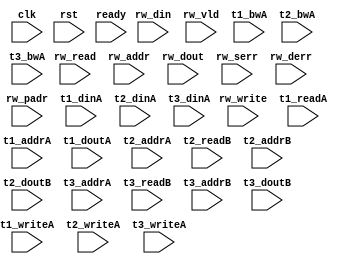
/*
 * Copyright (C) 2011 Memoir Systems Inc. These coded instructions, statements, and computer programs are
 * Confidential Proprietary Information of Memoir Systems Inc. and may not be disclosed to third parties
 * or copied in any form, in whole or in part, without the prior written consent of Memoir Systems Inc.
 * 
 * */

module algo_2rw_a56_sva_wrap
#(parameter IP_WIDTH = 32, parameter IP_BITWIDTH = 5, parameter IP_DECCBITS = 7, parameter IP_NUMADDR = 8192, parameter IP_BITADDR = 13,
parameter IP_NUMVBNK = 4,       parameter IP_BITVBNK = 2, parameter IP_BITPBNK = 3,
parameter IP_ENAECC = 0, parameter IP_ENAPAR = 0, parameter IP_SECCBITS = 4, parameter IP_SECCDWIDTH = 3,
parameter FLOPECC = 0, parameter FLOPIN = 0, parameter FLOPOUT = 0, parameter FLOPCMD = 0, parameter FLOPMEM = 0,

parameter T1_WIDTH = 32, parameter T1_NUMVBNK = 8, parameter T1_BITVBNK = 3, parameter T1_DELAY = 2, parameter T1_NUMVROW = 2048, parameter T1_BITVROW = 11,
parameter T1_BITWSPF = 0, parameter T1_NUMWRDS = 2, parameter T1_BITWRDS = 1, parameter T1_NUMSROW = 1024, parameter T1_BITSROW = 10, parameter T1_PHYWDTH = 64,
parameter T2_WIDTH = 10, parameter T2_NUMVBNK = 2, parameter T2_BITVBNK = 1, parameter T2_DELAY = 2, parameter T2_NUMVROW = 2048, parameter T2_BITVROW = 11, 
parameter T2_BITWSPF = 0, parameter T2_NUMWRDS = 1, parameter T2_BITWRDS = 0, parameter T2_NUMSROW = 4096, parameter T2_BITSROW = 12, parameter T2_PHYWDTH = 10,
parameter T3_WIDTH = 71, parameter T3_NUMVBNK = 2, parameter T3_BITVBNK = 1, parameter T3_DELAY = 2, parameter T3_NUMVROW = 2048, parameter T3_BITVROW = 11, 
parameter T3_BITWSPF = 0, parameter T3_NUMWRDS = 1, parameter T3_BITWRDS = 0, parameter T3_NUMSROW = 4096, parameter T3_BITSROW = 12, parameter T3_PHYWDTH = 71
)
( clk,  rst,  ready,
  rw_read,   rw_write,   rw_addr,   rw_din,   rw_dout,   rw_vld,   rw_serr,   rw_derr,   rw_padr,
  t1_readA,   t1_writeA,   t1_addrA,   t1_dinA,   t1_bwA,   t1_doutA,
  t2_writeA,   t2_addrA,   t2_dinA,   t2_bwA,   t2_readB,   t2_addrB,   t2_doutB,
  t3_writeA,   t3_addrA,   t3_dinA,   t3_bwA,   t3_readB,   t3_addrB,   t3_doutB);
  
  
  parameter WIDTH = IP_WIDTH;
  parameter BITWDTH = IP_BITWIDTH;
  parameter ENAPAR = IP_ENAPAR;
  parameter ENAECC = IP_ENAECC;
  parameter ECCWDTH = IP_DECCBITS;
  parameter MEMWDTH = ENAPAR ? WIDTH+1 : ENAECC ? WIDTH+ECCWDTH : WIDTH;
  parameter NUMADDR = IP_NUMADDR;
  parameter BITADDR = IP_BITADDR;
  parameter NUMVROW = T1_NUMVROW;
  parameter BITVROW = T1_BITVROW;
  parameter NUMVBNK = IP_NUMVBNK;
  parameter BITVBNK = IP_BITVBNK;
  parameter BITPBNK = IP_BITPBNK;
  parameter NUMWRDS = T1_NUMWRDS;      // ALIGN Parameters
  parameter BITWRDS = T1_BITWRDS;
  parameter NUMSROW = T1_NUMSROW;
  parameter BITSROW = T1_BITSROW;
  parameter PHYWDTH = T1_PHYWDTH;
  parameter SRAM_DELAY = T2_DELAY;
  parameter DRAM_DELAY = T1_DELAY;
  parameter ECCBITS = IP_SECCBITS;
  
  parameter BITPADR = BITPBNK+BITSROW+BITWRDS+1;

  parameter SDOUT_WIDTH = 2*(BITVBNK+1)+ECCBITS;
  parameter CDOUT_WIDTH = 2*WIDTH+ECCWDTH;

  input [2-1:0]                  rw_read;
  input [2-1:0]                  rw_write;
  input [2*BITADDR-1:0]          rw_addr;
  input [2*WIDTH-1:0]            rw_din;
  input [2-1:0]                 rw_vld;
  input [2*WIDTH-1:0]           rw_dout;
  input [2-1:0]                 rw_serr;
  input [2-1:0]                 rw_derr;
  input [2*BITPADR-1:0]         rw_padr;

  input                         ready;
  input                          clk, rst;

  input [2*NUMVBNK-1:0] t1_readA;
  input [2*NUMVBNK-1:0] t1_writeA;
  input [2*NUMVBNK*BITSROW-1:0] t1_addrA;
  input [2*NUMVBNK*PHYWDTH-1:0] t1_bwA;
  input [2*NUMVBNK*PHYWDTH-1:0] t1_dinA;
  input [2*NUMVBNK*PHYWDTH-1:0] t1_doutA;

  input [2-1:0] t2_writeA;
  input [2*BITVROW-1:0] t2_addrA;
  input [2*SDOUT_WIDTH-1:0] t2_dinA;
  input [2*SDOUT_WIDTH-1:0] t2_bwA;
  input [2-1:0] t2_readB;
  input [2*BITVROW-1:0] t2_addrB;
  input [2*SDOUT_WIDTH-1:0] t2_doutB;

  input [2-1:0] t3_writeA;
  input [2*BITVROW-1:0] t3_addrA;
  input [2*CDOUT_WIDTH-1:0] t3_dinA;
  input [2*CDOUT_WIDTH-1:0] t3_bwA;
  input [2-1:0] t3_readB;
  input [2*BITVROW-1:0] t3_addrB;
  input [2*CDOUT_WIDTH-1:0] t3_doutB;

endmodule